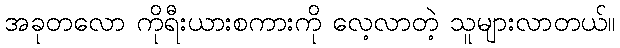
အခုတလော ကိုရီးယားစကားကို လေ့လာတဲ့ သူများလာတယ်။